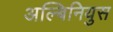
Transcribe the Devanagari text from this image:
अल्बिनियुस